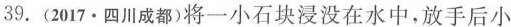
39.(2017·四川成都)将一小石块浸没在水中，放手后小